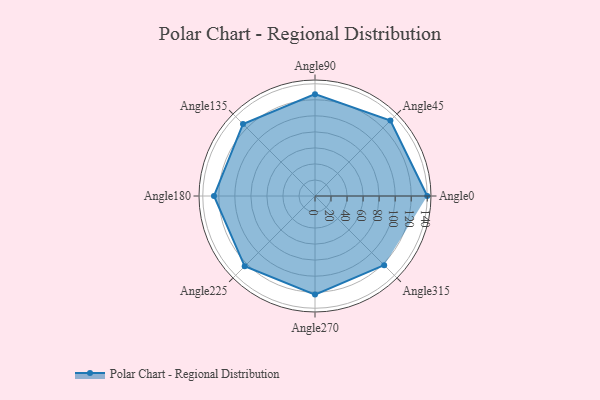
{"axis": {"x": "Angle", "y": "Radius"}, "legend": [""], "data": [{"x": "Angle0", "y": 140.0, "type": ""}, {"x": "Angle45", "y": 133.0, "type": ""}, {"x": "Angle90", "y": 127.0, "type": ""}, {"x": "Angle135", "y": 127.0, "type": ""}, {"x": "Angle180", "y": 126.0, "type": ""}, {"x": "Angle225", "y": 124.0, "type": ""}, {"x": "Angle270", "y": 123.0, "type": ""}, {"x": "Angle315", "y": 122.0, "type": ""}]}